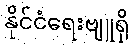
နိုင်ငံရေးဗျူရို